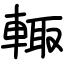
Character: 輙